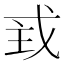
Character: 𢦴